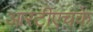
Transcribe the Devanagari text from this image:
आरटीएचके